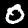
Digit: 0